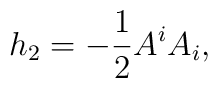
h_{2}=-\frac{1}{2}A^{i}A_{i},